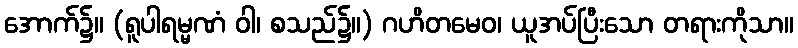
အောက်၌။ (ရူပါရမ္မဏံ ဝါ၊ စသည်၌။) ဂဟိတမေဝ၊ ယူအပ်ပြီးသော တရားကိုသာ။